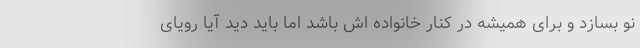
نو بسازد و برای همیشه در کنار خانواده اش باشد اما باید دید آیا رویای